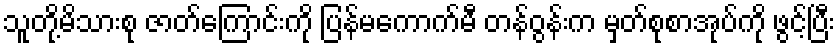
သူတို့မိသားစု ဇာတ်ကြောင်းကို ပြန်မကောက်မီ တန်ဝွန်းက မှတ်စုစာအုပ်ကို ဖွင့်ပြီး